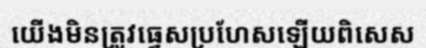
យើងមិនត្រូវធ្វេសប្រហែសឡើយពិសេស